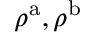
\rho ^ { \mathrm { a } } , \rho ^ { \mathrm { b } }